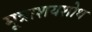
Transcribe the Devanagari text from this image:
मूत्राशयशोथ